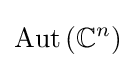
\operatorname {Aut} \left(\mathbb {C} ^{n}\right)